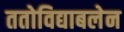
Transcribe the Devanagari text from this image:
ततोविद्याबलेन